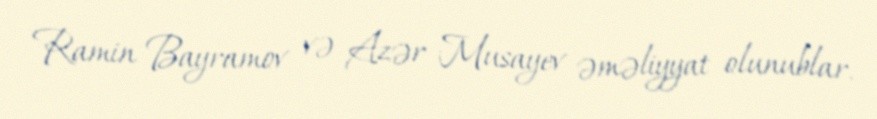
Ramin Bayramov və Azər Musayev əməliyyat olunublar.